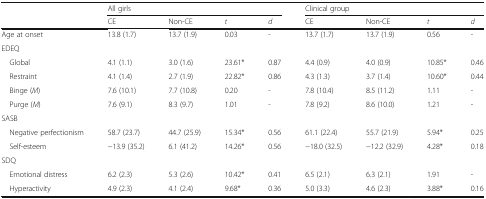
<table><thead><tr><td></td><td colspan="4"><b>All girls</b></td><td colspan="4"><b>Clinical group</b></td></tr><tr><td></td><td><b>CE</b></td><td><b>Non-CE</b></td><td><b><i>t</i></b></td><td><b><i>d</i></b></td><td><b>CE</b></td><td><b>Non-CE</b></td><td><b><i>t</i></b></td><td><b><i>d</i></b></td></tr></thead><tbody><tr><td>Age at onset</td><td>13.8 (1.7)</td><td>13.7 (1.9)</td><td>0.03</td><td>-</td><td>13.7 (1.7)</td><td>13.7 (1.9)</td><td>0.56</td><td>-</td></tr><tr><td colspan="9">EDEQ</td></tr><tr><td> Global</td><td>4.1 (1.1)</td><td>3.0 (1.6)</td><td>23.61*</td><td>0.87</td><td>4.4 (0.9)</td><td>4.0 (0.9)</td><td>10.85*</td><td>0.46</td></tr><tr><td> Restraint</td><td>4.1 (1.4)</td><td>2.7 (1.9)</td><td>22.82*</td><td>0.86</td><td>4.3 (1.3)</td><td>3.7 (1.4)</td><td>10.60*</td><td>0.44</td></tr><tr><td> Binge (<i>M</i>)</td><td>7.6 (10.1)</td><td>7.7 (10.8)</td><td>0.20</td><td>-</td><td>7.8 (10.4)</td><td>8.5 (11.2)</td><td>1.11</td><td>-</td></tr><tr><td> Purge (<i>M</i>)</td><td>7.6 (9.1)</td><td>8.3 (9.7)</td><td>1.01</td><td>-</td><td>7.8 (9.2)</td><td>8.6 (10.0)</td><td>1.21</td><td>-</td></tr><tr><td colspan="9">SASB</td></tr><tr><td> Negative perfectionism</td><td>58.7 (23.7)</td><td>44.7 (25.9)</td><td>15.34*</td><td>0.56</td><td>61.1 (22.4)</td><td>55.7 (21.9)</td><td>5.94*</td><td>0.25</td></tr><tr><td> Self-esteem</td><td>−13.9 (35.2)</td><td>6.1 (41.2)</td><td>14.26*</td><td>0.56</td><td>−18.0 (32.5)</td><td>−12.2 (32.9)</td><td>4.28*</td><td>0.18</td></tr><tr><td colspan="9">SDQ</td></tr><tr><td> Emotional distress</td><td>6.2 (2.3)</td><td>5.3 (2.6)</td><td>10.42*</td><td>0.41</td><td>6.5 (2.1)</td><td>6.3 (2.1)</td><td>1.91</td><td>-</td></tr><tr><td> Hyperactivity</td><td>4.9 (2.3)</td><td>4.1 (2.4)</td><td>9.68*</td><td>0.36</td><td>5.0 (3.3)</td><td>4.6 (2.3)</td><td>3.88*</td><td>0.16</td></tr></tbody></table>